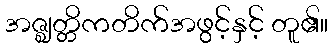
အဇ္ဈတ္တိကတိက်အဖွင့်နှင့် တူ၏။